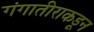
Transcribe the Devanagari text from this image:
गंगातीराकडून